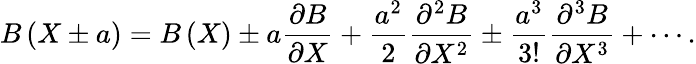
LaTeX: B\left(X\pm a\right)=B\left(X\right)\pm a\frac{\partial B}{\partial X}+\frac{{{a}^{2}}}{2}\frac{{{\partial}^{2}}B}{\partial{{X}^{2}}}\pm\frac{{{a}^{3}}}{3!}\frac{{{\partial}^{3}}B}{\partial{{X}^{3}}}+\cdots.